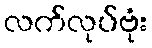
လက်လုပ်ဗုံး